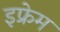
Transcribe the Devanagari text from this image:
इफ्रेम